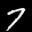
Label: 7